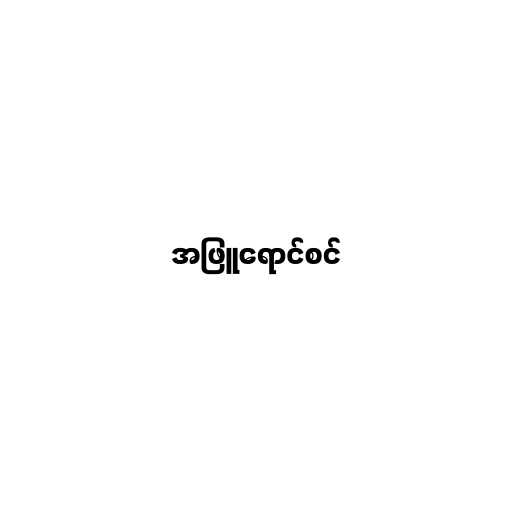
အဖြူရောင်စင်